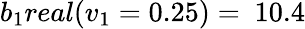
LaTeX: b_{1}real(v_{1}=0.25)=\ 10.4